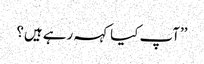
’’آپ کیا کہہ رہے ہیں؟